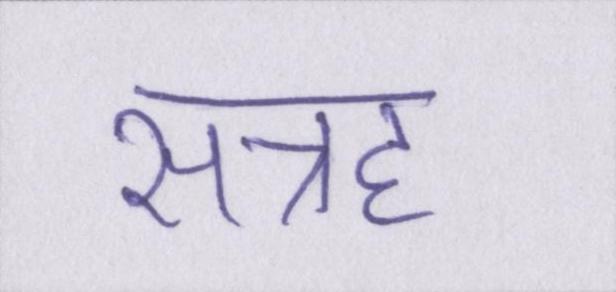
सत्रह